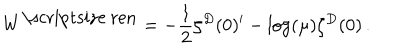
W ^ { \mathrm { \scriptsize ~ r e n } } = - \frac 1 2 \zeta ^ { D } ( 0 ) ^ { \prime } - \log ( \mu ) \zeta ^ { D } ( 0 ) \, .